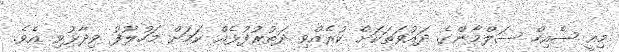
މިއީ ޝެއިހް ސަލްމާންގެ ދައުވަތަކަށް ކުރެއްވި ދަތުރުފުޅެއް ކަމަށް މަހުލޫފު ވިދާޅުވި އެވެ.